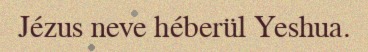
Jézus neve héberül Yeshua.